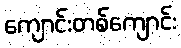
ကျောင်းတစ်ကျောင်း